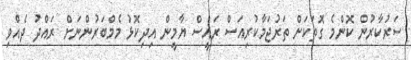
ސަރުކާރުން ކޮންމެ ގޮތަކަށް ތަރުޖަމާކުރިއަސް ރައީސް ޔާމީން އިދިކޮޅު މެމްބަރުންނަށް ރައްދު ދެއްވި